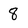
Character: 8